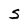
Character: S